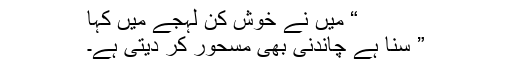
“ میں نے خوش کن لہجے میں کہا
” سنا ہے چاندنی بھی مسحور کر دیتی ہے۔